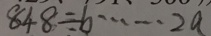
8 4 8 \div b \cdots 2 a